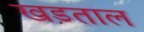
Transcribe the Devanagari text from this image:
खड़ताल